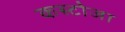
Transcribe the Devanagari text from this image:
कस्टोजा